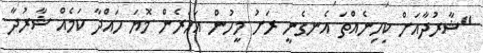
"ޝާރުދާއަށް ކިހިނެއްތަ އެނގެނީ ރަށު މީހުން އަހަރެން މޮޔަ ހައްދާ ކަމެއް ޝާރުދާ